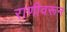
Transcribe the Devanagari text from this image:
राणीवरून